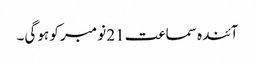
آئندہ سماعت 21 نومبر کو ہوگی۔